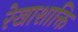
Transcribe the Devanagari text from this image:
रेखाशाक्ति